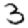
Digit: 3